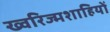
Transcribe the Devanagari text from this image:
ख्वरिज्मशाहियों